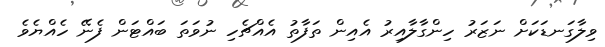
ވިލާގަނޑަކަށް ނަޒަރު ހިންގާލާއިރު އެއިން ތަފާތު އެއްޗެހި ނުވަތަ ބައްޓަން ފެނޭ ހެއްޔެވެ